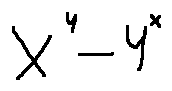
x ^ { y } - y ^ { x }